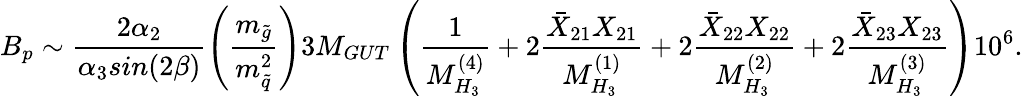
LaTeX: B_{p}\sim\frac{2\alpha_{2}}{\alpha_{3}sin(2\beta)}\left(\frac{m_{\tilde{g}}}{m_{\tilde{q}}^{2}}\right)3M_{GUT}\left(\frac{1}{M_{H_{3}}^{(4)}}+2\frac{{\bar{X}}_{21}X_{21}}{M_{H_{3}}^{(1)}}+2\frac{{\bar{X}}_{22}X_{22}}{M_{H_{3}}^{(2)}}+2\frac{{\bar{X}}_{23}X_{23}}{M_{H_{3}}^{(3)}}\right)10^{6}.